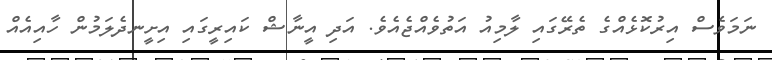
ނަމަވެސް އިރުކޮޅެއްގެ ތެރޭގައި ލާމިއު އަތުވެއްޖެއެވެ. އަދި އީނާޝް ކައިރީގައި އިށީނދެލަމުން ހާއިއެއް